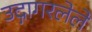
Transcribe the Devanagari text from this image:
उद्गागरलेले